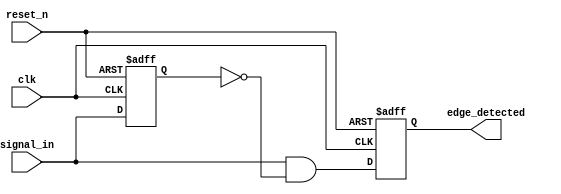
module rising_edge_detector (
    input wire clk,          // Clock input
    input wire reset_n,     // Active low reset
    input wire signal_in,    // Input signal to detect rising edge
    output reg edge_detected // Output signal indicating rising edge
);

// Internal signal to hold the previous state of the input signal
reg previous_state;

// Always block for edge detection
always @(posedge clk or negedge reset_n) begin
    if (!reset_n) begin
        // Asynchronous reset
        previous_state <= 1'b0;
        edge_detected <= 1'b0;
    end else begin
        // Sample the input signal
        edge_detected <= (signal_in & ~previous_state); // Set pulse when rising edge is detected
        previous_state <= signal_in;  // Update previous state with current input
    end
end

endmodule